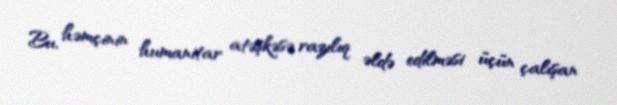
Bu, həmçinin humanitar atəşkəsə razılıq əldə edilməsi üçün çalışan